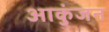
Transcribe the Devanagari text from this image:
आकुंजन